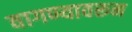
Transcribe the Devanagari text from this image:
वागण्यावरून